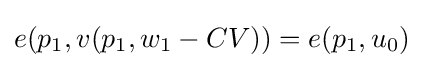
e(p_{1},v(p_{1},w_{1}-CV))=e(p_{1},u_{0})